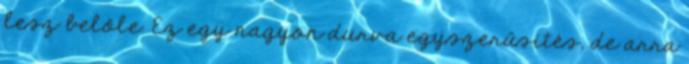
lesz belőle. Ez egy nagyon durva egyszerűsítés, de arra